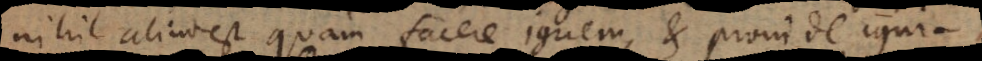
nihil aliud est quam facere ignem, et proinde ignifi